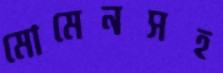
মোমেনসহ